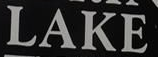
LAKE